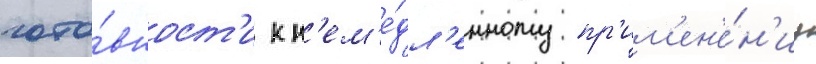
гото́вност'и к н'ем'е́дл'енному пр'им'ен'е́н'иу